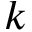
k